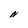
Character: N